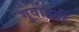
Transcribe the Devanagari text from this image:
गुवाहठी